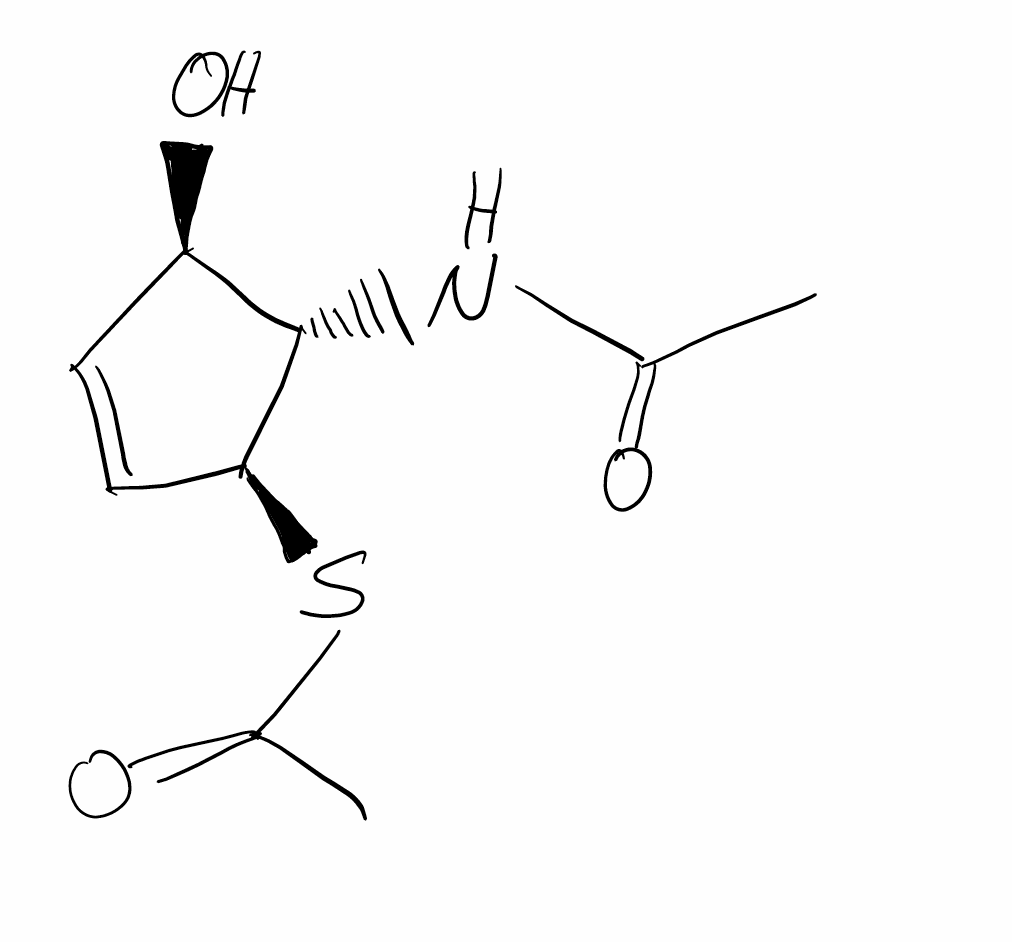
Simplified molecular-input line-entry system (SMILES) notation of the given molecule:
CC(=O)N[C@H]1[C@@H](C=C[C@@H]1SC(=O)C)O